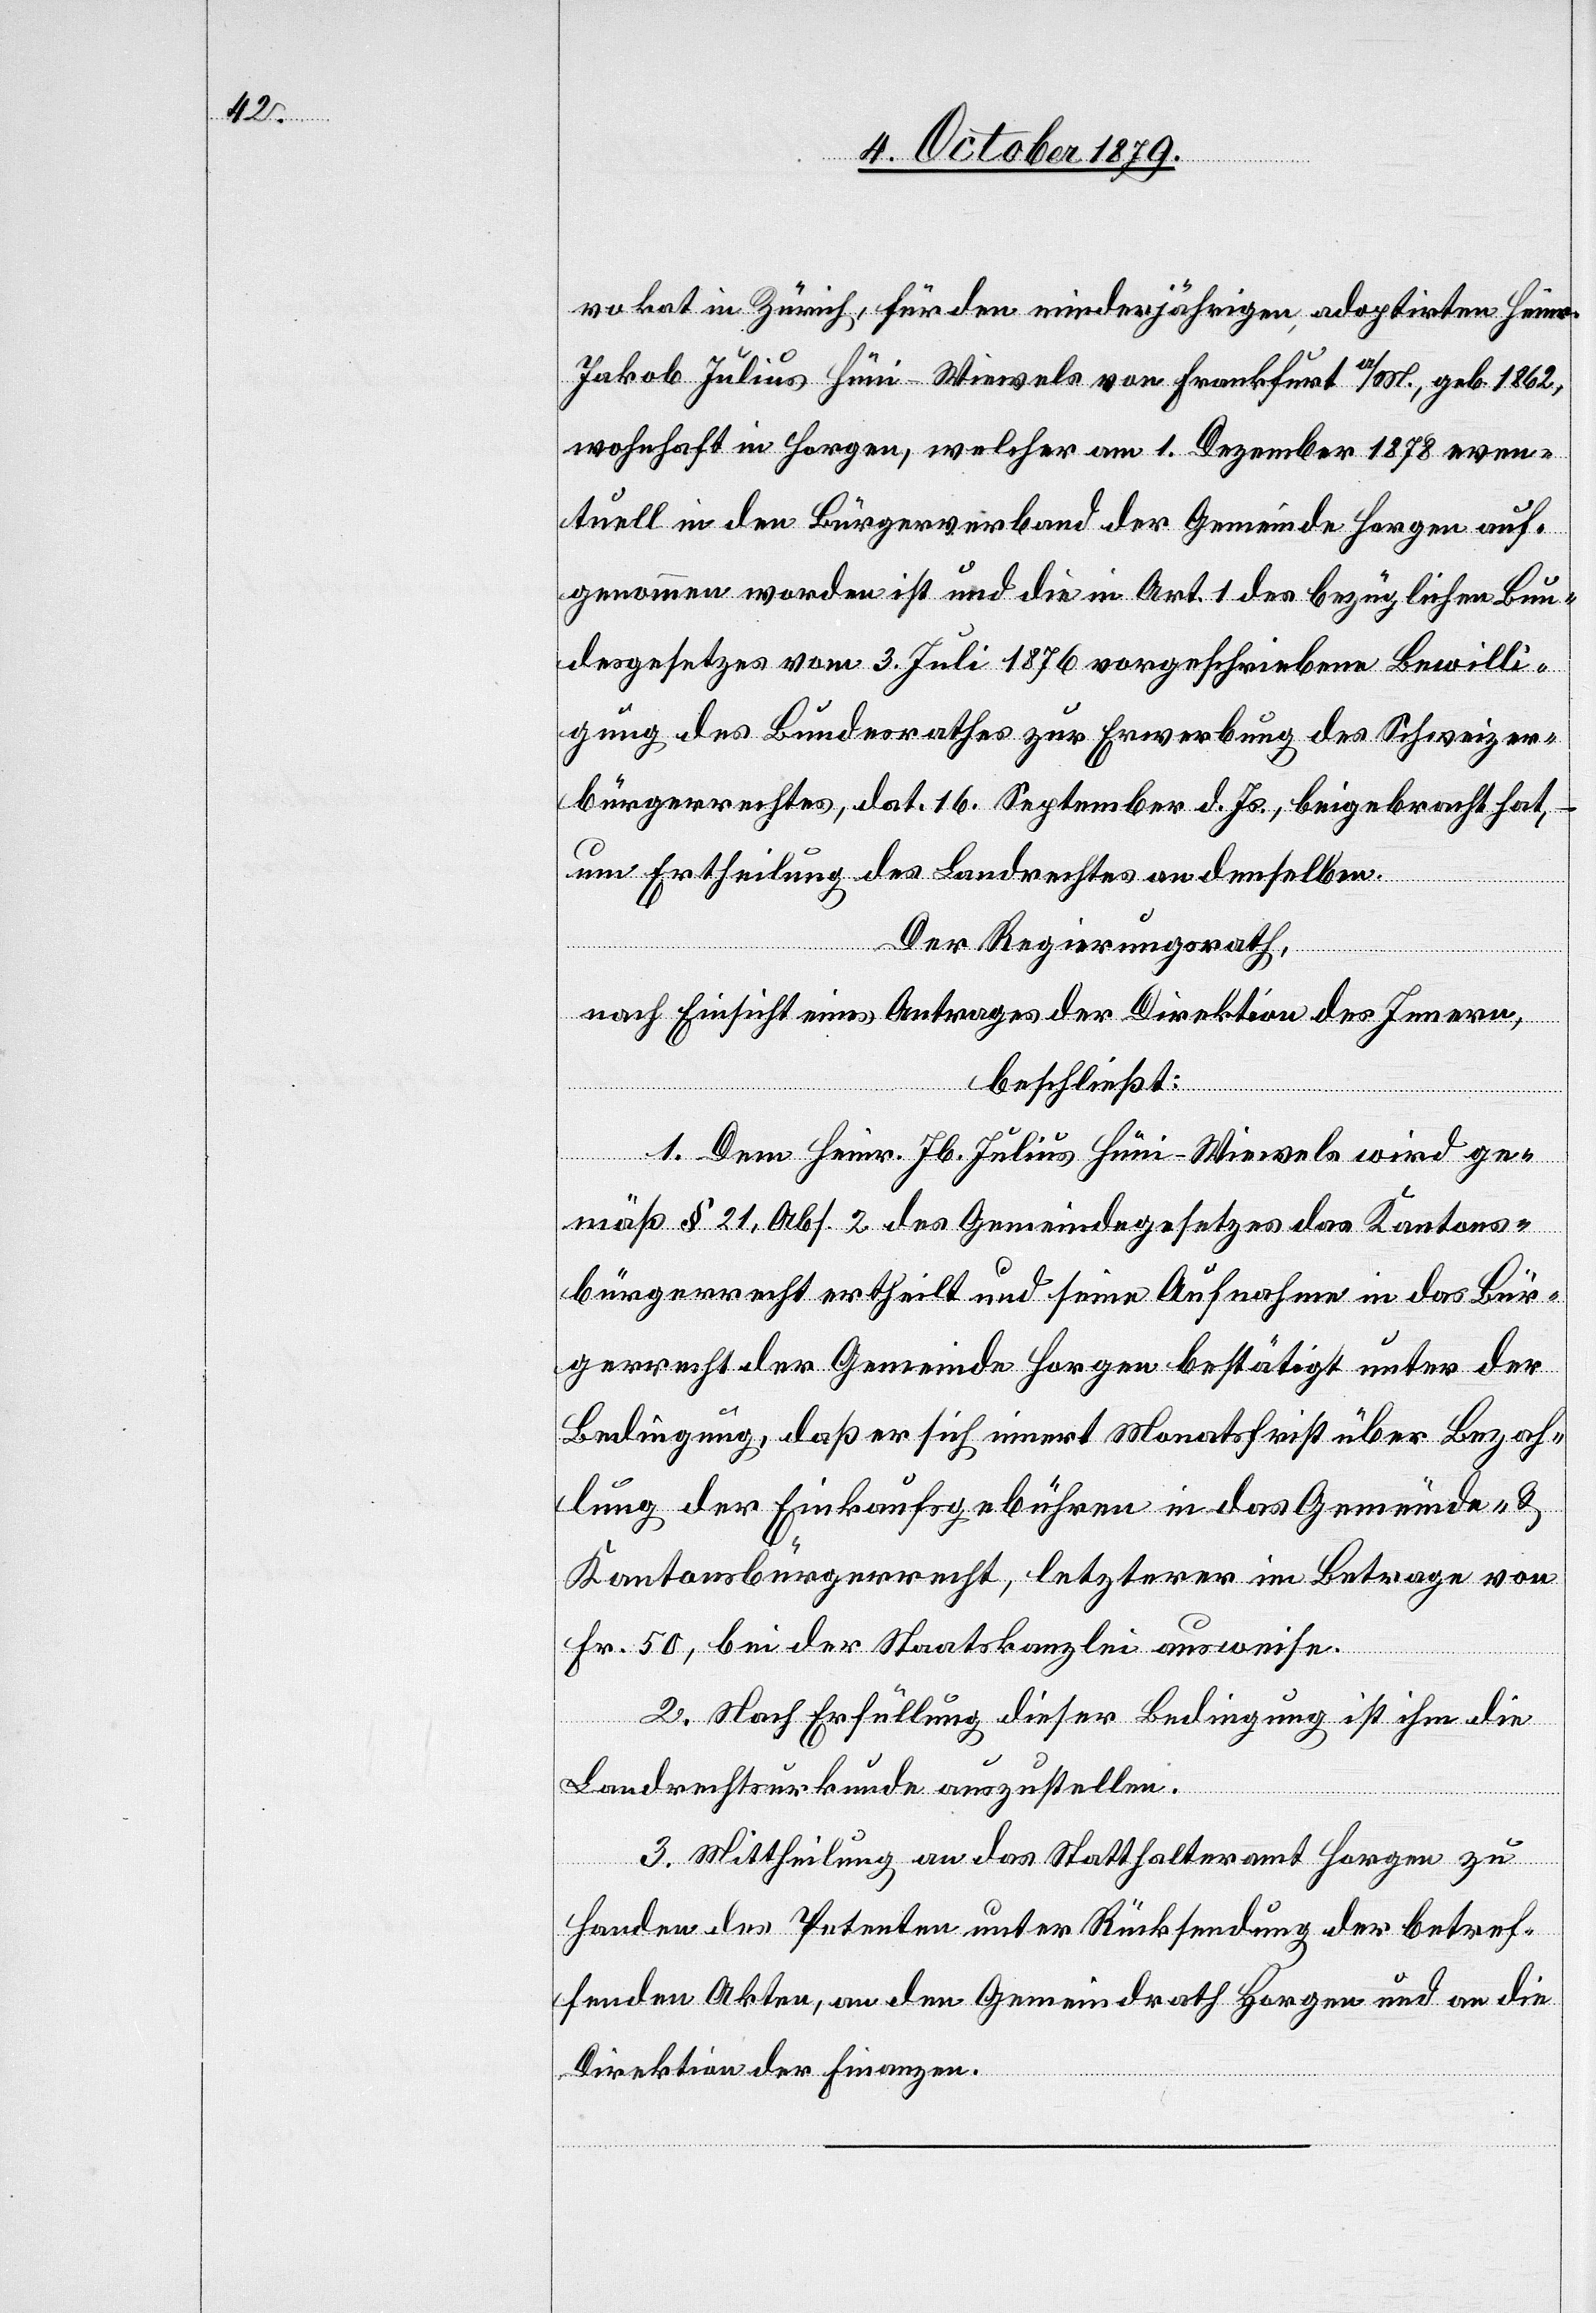
vokat in Zürich, für den minderjährigen adoptirten Heinr.
Jakob Julius Hüni-Wiewels von Frankfurt a/M., geb. 1862,
wohnhaft in Horgen, welcher am 1. Dezember 1878 even¬
tuell in den Bürgerverband der Gemeinde Horgen auf¬
genommen worden ist und die in Art. 1 des bezüglichen Bun¬
desgesetzes vom 3. Juli 1876 vorgeschriebene Bewilli¬
gung des Bundesrathes zur Erwerbung des Schweize¬
rrechtes, dat. 16. September d. Js., beigebracht hat,
um Ertheilung des Landrechtes an derselben.
Der Regierungsrath,
nach Einsicht eines Antrages der Direktion des Innern,
beschließt:
1. Dem Heinr. Jb. Julius Hüni-Wiewels wird ge¬
mäss § 21, Abs. 2 des Gemeindegesetzes das Kantons¬
bürgerrecht ertheilt und seine Aufnahme in das Bür¬
gerrecht der Gemeinde Horgen bestätigt unter der
Bedingung, daß er sich innert Monatsfrist über Bezah¬
lung der Einkaufsgebühren in dem Gemeinde- &
Kantonsbürgerrecht, letzterer im Betrage von
Fr. 50, bei der Stadtkanzlei ausweise.
2. Nach Erfüllung dieser Bedingung ist ihm die
Landrechtsurkunde auszustellen.
3. Mittheilung an das Statthalteramt Horgen zu
Handen des Petenten unter Rücksendung der betref¬
fenden Akten, an den Gemeinderath Horgen und an die
Direktion der Finanzen.